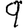
Digit: 9